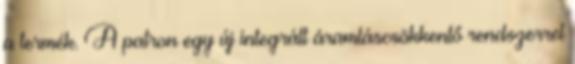
a termék. A patron egy új integrált áramláscsökkentő rendszerrel